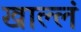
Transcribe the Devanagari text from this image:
खाल्लं